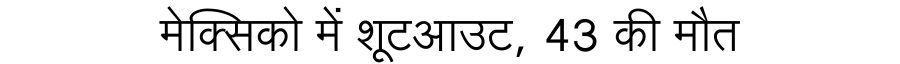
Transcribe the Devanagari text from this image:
मेक्सिको में शूटआउट, 43 की मौत